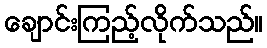
ချောင်းကြည့်လိုက်သည်။